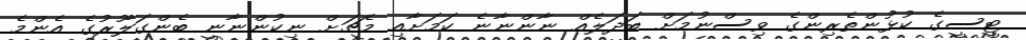
ޓީސީގެ ކުޅުންތެރިންގެ ވިސްނުމަށް ބަދަލެއް ނާންނާނެ ކަމަށާއި މެޗަށް ނިކުންނާނީ ބެންގަލޫރުގެ އެންމެ